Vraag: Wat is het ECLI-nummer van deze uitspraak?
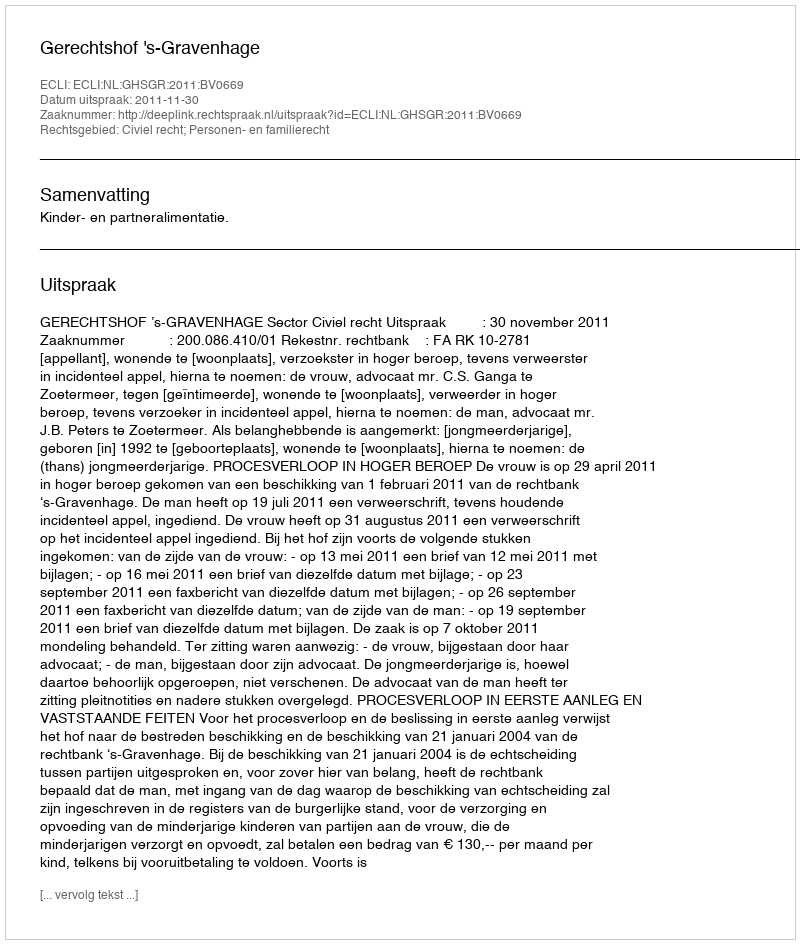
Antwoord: ECLI:NL:GHSGR:2011:BV0669